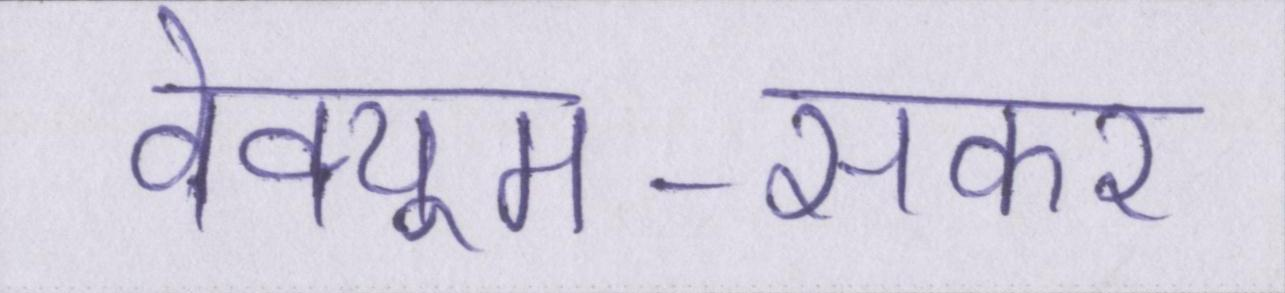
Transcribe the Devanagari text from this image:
वेक्यूम-सकर